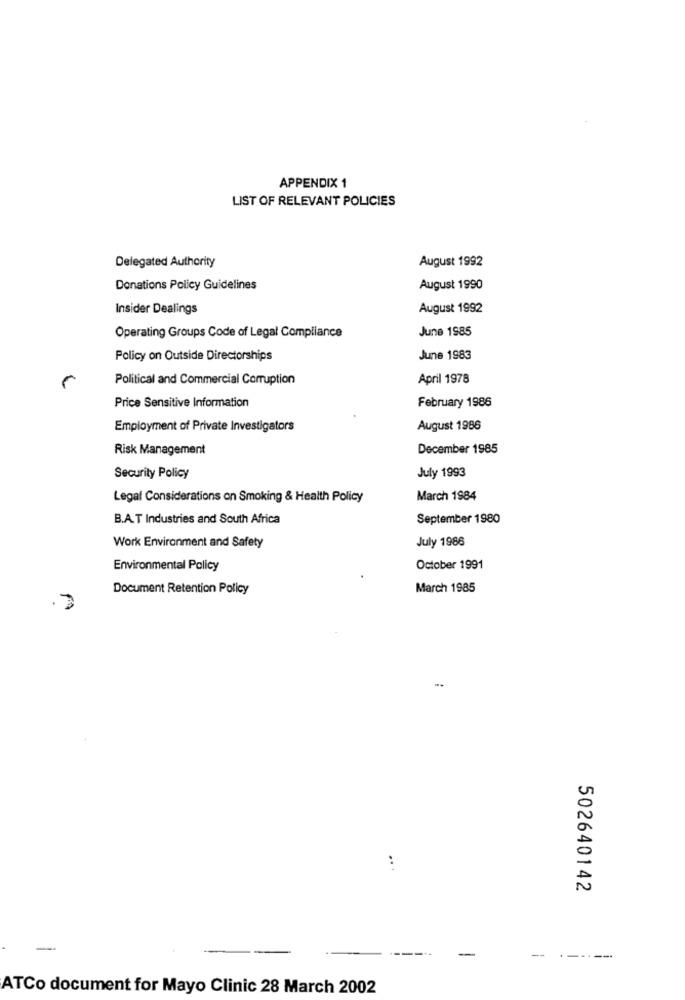
APPENDIX 1
LIST OF RELEVANT POLICIES
Delegated Authority
August 1992
Donations Policy Guidelines
August 1990
Insider Dealings
August 1992
June 1985
Operating Groups Code of Legal Compliance
Policy on Outside Directorships
June 1983
Political and Commercial Corruption
April 1978
Price Sensitive Information
February 1986
Employment of Private Investigators
August 1986
Risk Management
December 1985
Security Policy
July 1993
Legal Considerations on Smoking & Health Policy
March 1984
B.A.T Industries and South Africa
September 1980
Work Environment and Safety
July 1986
Environmental Policy
October 1991
Document Retention Policy
March 1985
. 3
..
502640142
--
-------
ATCo document for Mayo Clinic 28 March 2002